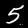
Label: 5